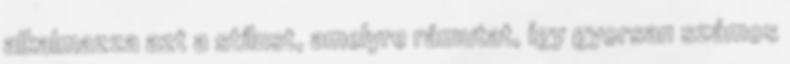
alkalmazza azt a stílust, amelyre rámutat, így gyorsan számos